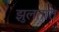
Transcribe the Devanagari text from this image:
झुलतात